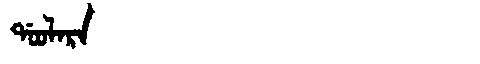
Manchu: ᡩᠣᠣᠯᠠᡵᠠ
Romanization: DOOLARA